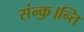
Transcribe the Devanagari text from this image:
संन्क॒।न्ति